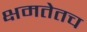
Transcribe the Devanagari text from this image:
क्षमतेतच